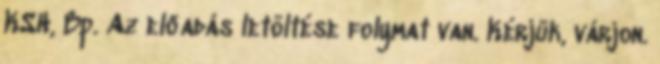
KSH, Bp. Az előadás letöltése folymat van. Kérjük, várjon.